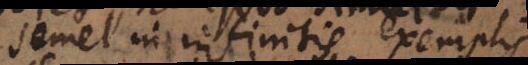
semel in infinitis exemplis